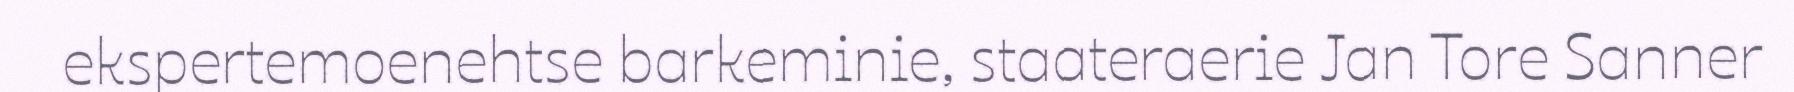
ekspertemoenehtse barkeminie, staateraerie Jan Tore Sanner